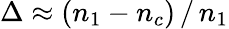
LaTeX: \Delta\approx(n_{1}-n_{c})\, /\, n_{1}